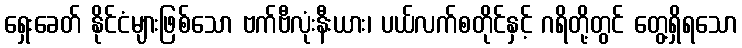
ရှေးခေတ် နိုင်ငံများဖြစ်သော ဗက်ဗီလုံးနီးယား၊ ပယ်လက်စတိုင်နှင့် ဂရိတို့တွင် တွေ့ရှိရသော